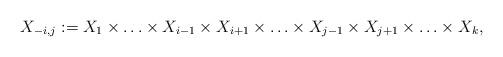
LaTeX: \begin{align*}X_{-i,j} := X_1 \times \ldots \times X_{i-1} \times X_{i+1} \times \ldots \times X_{j-1} \times X_{j+1} \times \ldots \times X_{k},\end{align*}